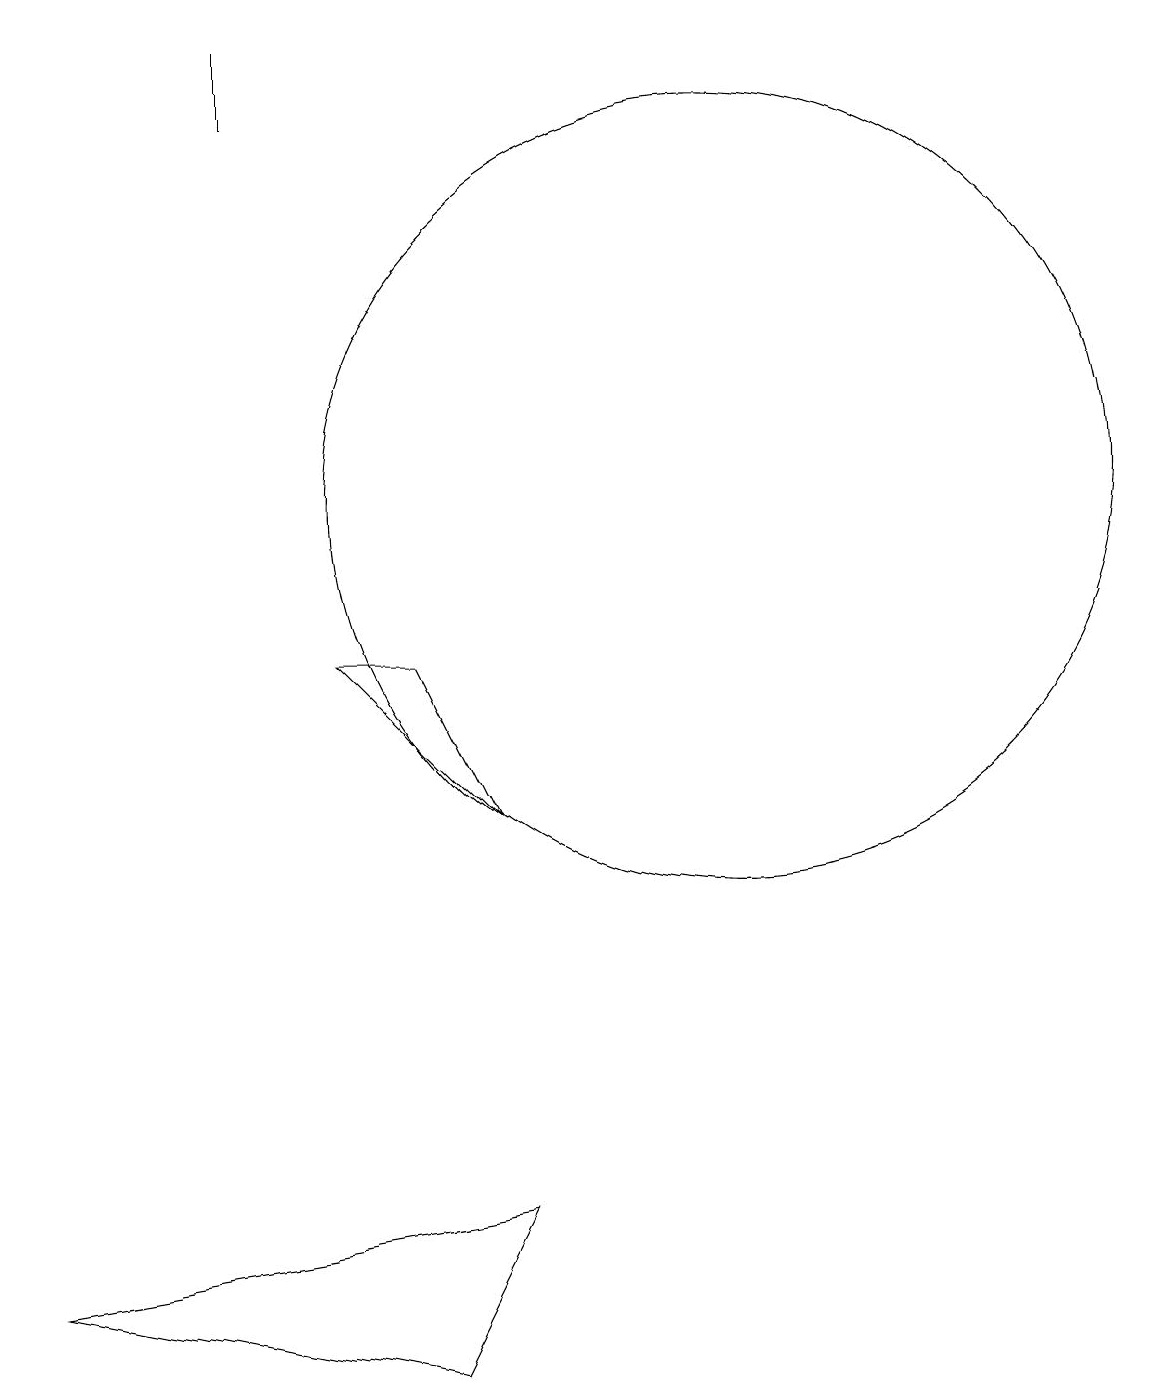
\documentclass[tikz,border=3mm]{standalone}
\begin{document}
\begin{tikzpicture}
\draw (10,11) circle (5);
\draw (1,1) -- (7,2) -- (6,0) -- cycle;
\draw (6,9) -- (7,7) -- (5,9) -- cycle;
\draw (4,16) rectangle (4,17);
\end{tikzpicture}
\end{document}